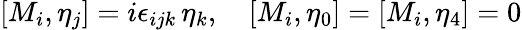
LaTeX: [M_{i},\eta_{j}]=i\epsilon_{ijk}\, \eta_{k},\quad[M_{i},\eta_{0}]=[M_{i},\eta_{4}]=0